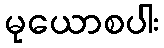
မုယောစပါး